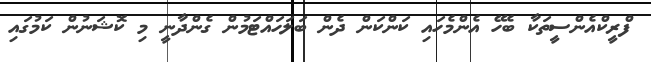
ފްރީކްއެންސީތަކާ ބެހޭ އެންމެހައި ކަންކަން ދެން ބަލަހައްޓަމުން ގެންދާނީ މި ކޮޝަނުން ކަމުގައި